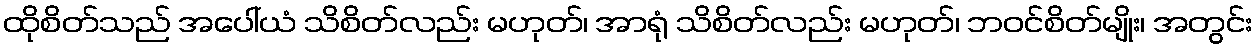
ထိုစိတ်သည် အပေါ်ယံ သိစိတ်လည်း မဟုတ်၊ အာရုံ သိစိတ်လည်း မဟုတ်၊ ဘဝင်စိတ်မျိုး၊ အတွင်း